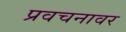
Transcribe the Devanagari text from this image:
प्रवचनावर